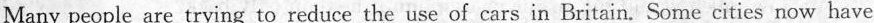
Manypeople are trying to reduce the use of cars in Britain.Some cities now have